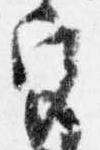
宮